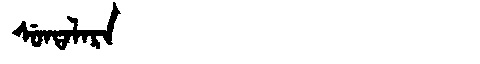
Manchu: ᠰᡠᠨᡨᠠᠯᠠᡵᠠ
Romanization: SUNTALARA